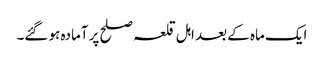
ایک ماہ کے بعد اہل قلعہ صلح پر آمادہ ہو گئے۔